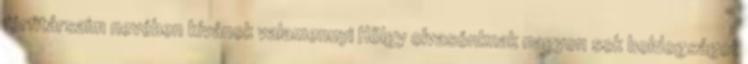
férfitársaim nevében kívánok valamennyi Hölgy olvasónknak nagyon sok boldogságot